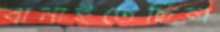
বানাইতেছিল